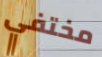
مختفي